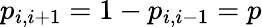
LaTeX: p_{i,i+1}=1-p_{i,i-1}=p